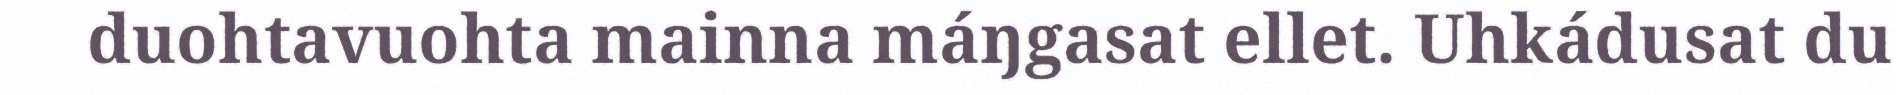
duohtavuohta mainna máŋgasat ellet. Uhkádusat du